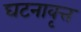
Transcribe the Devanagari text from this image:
घटनावृत्त